Scientific memoirs by medical officers of the Army of India - Part IX,
Year: 1895
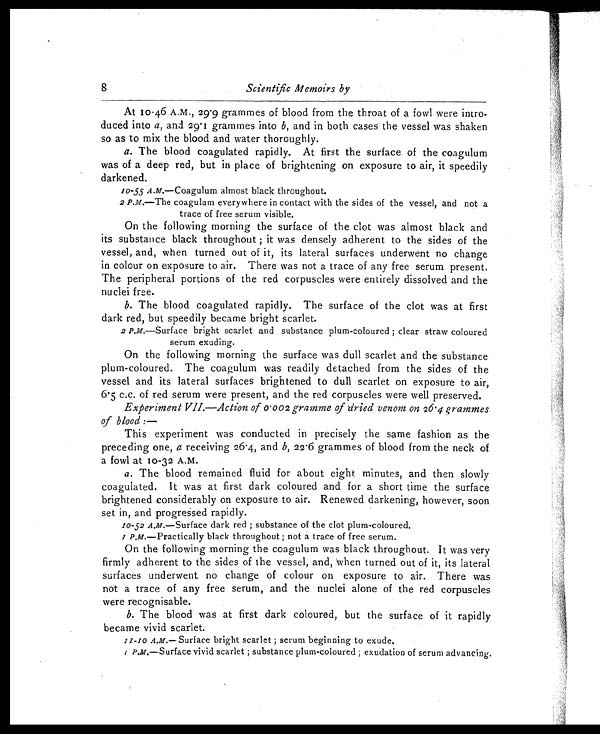
8
Scientific Memoirs by
At 10-46 A.M., 29.9 grammes of blood from the throat of a fowl were intro
-duced into a, and 29.1 grammes into b, and in both cases the vessel was shaken
so as to mix the blood and water thoroughly.
a. The blood coagulated rapidly. At first the surface of the coagulum
was of a deep red, but in place of brightening on exposure to air, it speedily
darkened.
10-55 A.M.—Coagulum almost black throughout.
2 P.M.—The coagulam everywhere in contact with the sides of the vessel, and not a
trace of free serum visible.
On the following morning the surface of the clot was almost black and
its substance black throughout it was densely adherent to the sides of the
vessel, and, when turned out of it, its lateral surfaces underwent no change
in colour on exposure to air. There was not a trace of any free serum present.
The peripheral portions of the red corpuscles were entirely dissolved and the
nuclei free.
b. The blood coagulated rapidly. The surface of the clot was at first
dark red, but speedily became bright scarlet.
2 P.M.—Surface bright scarlet and substance plum-coloured ; clear straw coloured
serum exuding.
On the following morning the surface was dull scarlet and the substance
plum-coloured. The coagulum was readily detached from the sides of the
vessel and its lateral surfaces brightened to dull scarlet on exposure to air,
6.5 c.c. of red serum were present, and the red corpuscles were well preserved.
Experiment VII.—Action of 0.002 gramme of dried venom on 26.4 grammes
of blood:—
This experiment was conducted in precisely the same fashion as the
preceding one, a receiving 26.4, and b, 22.6 grammes of blood from the neck of
a fowl at 10-32 A.M.
a. The blood remained fluid for about eight minutes, and then slowly
coagulated. It was at first dark coloured and for a short time the surface
brightened considerably on exposure to air. Renewed darkening, however, soon
set in, and progressed rapidly.
10-52 A.m.—Surface dark red ; substance of the clot plum-coloured.
1 P.M.—Practically black throughout ; not a trace of free serum.
On the following morning the coagulum was black throughout. It was very
firmly adherent to the sides of the vessel, and, when turned out of it, its lateral
surfaces underwent no change of colour on exposure to air. There was
not a trace of any free serum, and the nuclei alone of the red corpuscles
were recognisable.
b. The blood was at first dark coloured, but the surface of it rapidly
became vivid scarlet.
11-10 A.M.—Surface bright scarlet ; serum beginning to exude.
1 P.M.—Surface vivid scarlet ; substance plum-coloured ; exudation of serum advancing.